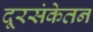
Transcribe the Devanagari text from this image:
दूरसंकेतन